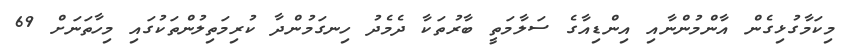
މިކަމާގުޅިގެން އާންމުންނާއި އިންޑިއާގެ ސަލާމަތީ ބާރުތަކާ ދެމެދު ހިނގަމުންދާ ކުރިމަތިލުންތަކުގައި މިހާތަނަށް 69